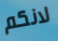
لانكم